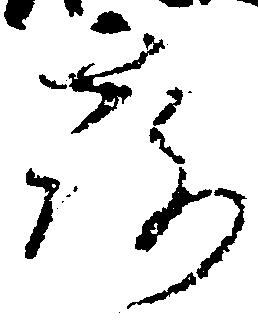
露